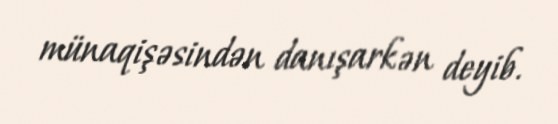
münaqişəsindən danışarkən deyib.